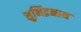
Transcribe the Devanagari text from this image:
शुभिंद्रनाथ